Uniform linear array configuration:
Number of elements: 64
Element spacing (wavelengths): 0.75
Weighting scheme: hamming
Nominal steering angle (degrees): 0
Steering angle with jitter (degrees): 1.605
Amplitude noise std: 0.05
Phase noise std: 0.05

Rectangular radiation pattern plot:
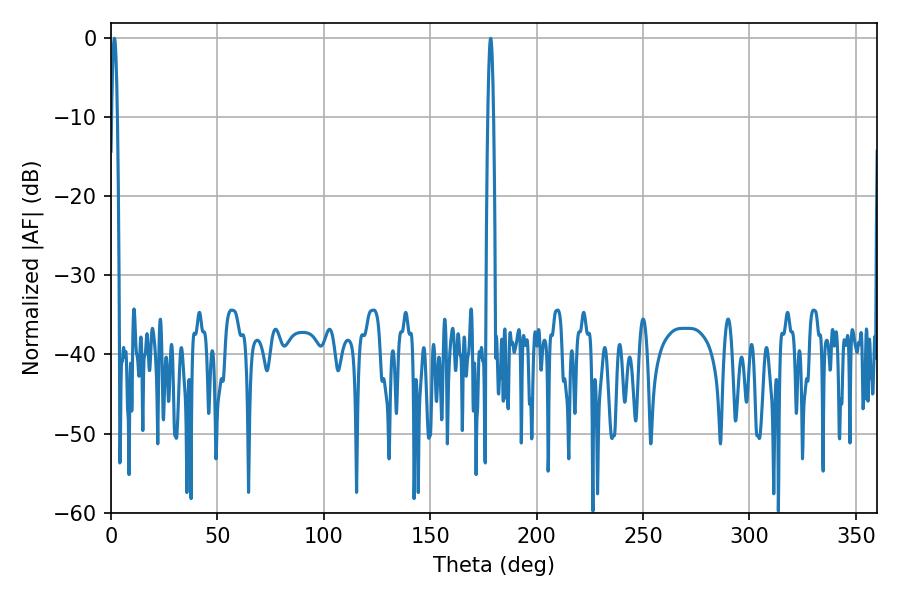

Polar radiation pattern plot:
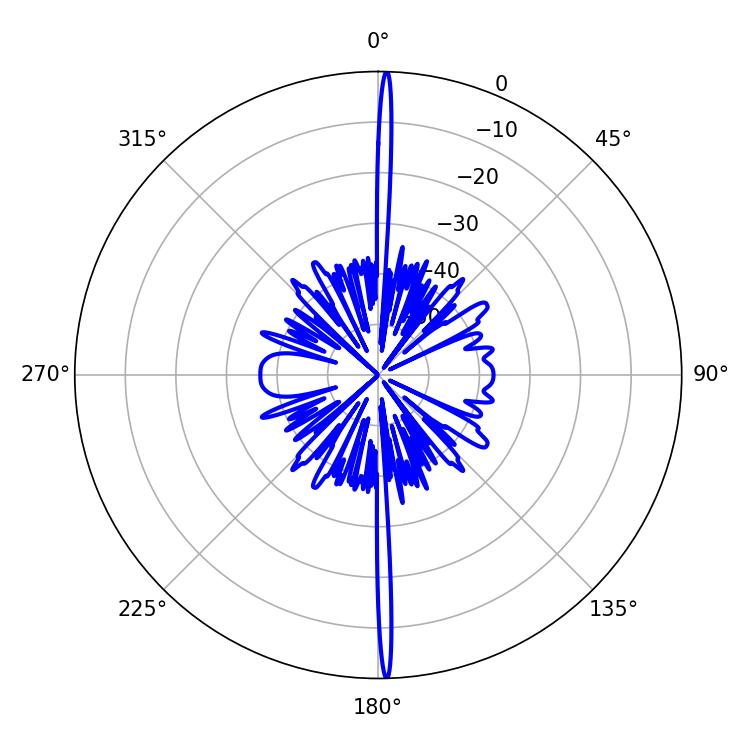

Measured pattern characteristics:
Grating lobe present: TRUE
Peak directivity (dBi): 30.836
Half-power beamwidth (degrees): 1.44
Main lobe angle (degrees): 1.62